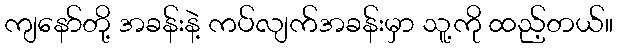
ကျနော်တို့ အခန်းနဲ့ ကပ်လျက်အခန်းမှာ သူ့ကို ထည့်တယ်။